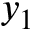
y _ { 1 }